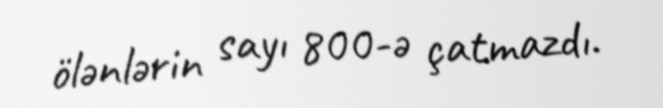
ölənlərin sayı 800-ə çatmazdı.